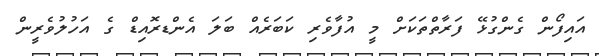
އައިފޯން ގެންގުޅޭ ފަރާތްތަކަށް މީ އުފާވެރި ކަބަރެއް ބަލަ އެންޑރޮއިޑް ގެ އަހުލުވެރީން